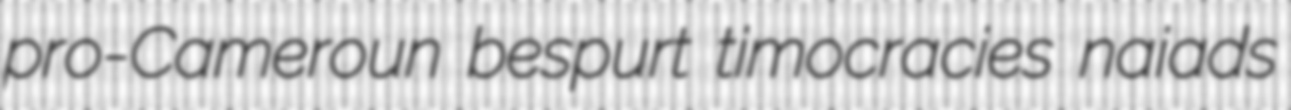
pro-Cameroun bespurt timocracies naiads